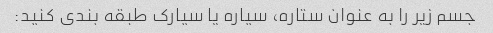
جسم زیر را به عنوان ستاره، سیاره یا سیارک طبقه بندی کنید: